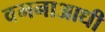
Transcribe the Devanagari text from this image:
वमनाआधी